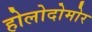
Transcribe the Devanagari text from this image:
होलोदोमोर